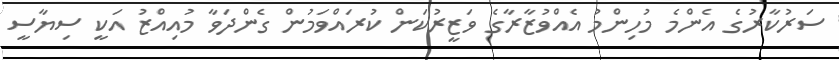
ސަރުކާރުގެ އެންމެ މުހިންމު އެއްވުޒާރާގެ ވަޒީރުކަން ކުރައްވަމުން ގެންދަވާ މުއިއްޒު އަކީ ސިޔާސީ